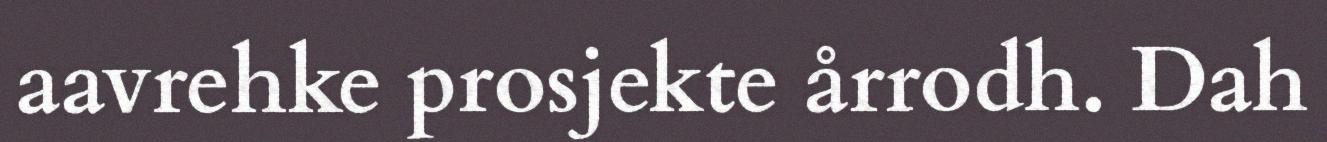
aavrehke prosjekte årrodh. Dah